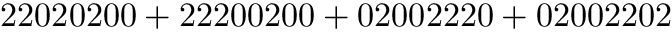
\mathrm { 2 2 0 2 0 2 0 0 + 2 2 2 0 0 2 0 0 + 0 2 0 0 2 2 2 0 + 0 2 0 0 2 2 0 2 }